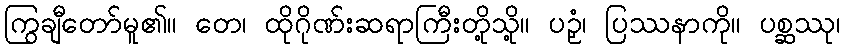
ကြွချီတော်မူ၏။ တေ၊ ထိုဂိုဏ်းဆရာကြီးတို့သို့။ ပဉှံ၊ ပြဿနာကို။ ပစ္ဆဿု၊